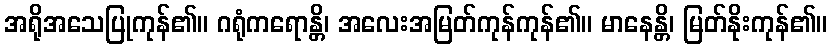
အရိုအသေပြုကုန်၏။ ဂရုံကရောန္တိ၊ အလေးအမြတ်ကုန်ကုန်၏။ မာနေန္တိ၊ မြတ်နိုးကုန်၏။